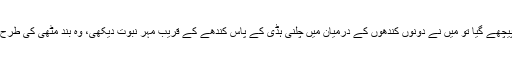
عبد اللہؓ کہتے ہیں کہ پھر میں آپﷺ کے پیچھے گیا تو میں نے دونوں کندھوں کے درمیان میں چلنی ہڈی کے پاس کندھے کے قریب مہر نبوت دیکھی، وہ بند مٹھی کی طرح تھی اور اس پر مسوں کی طرح تل تھے۔